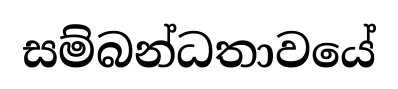
සම්බන්ධතාවයේ